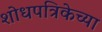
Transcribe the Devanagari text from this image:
शोधपत्रिकेच्या